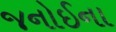
જનોઈના